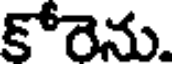
కోరెను.